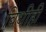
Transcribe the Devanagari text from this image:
विधीही